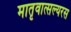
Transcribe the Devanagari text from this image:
मातृवात्सल्यरस